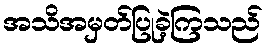
အသိအမှတ်ပြုခဲ့ကြသည်